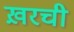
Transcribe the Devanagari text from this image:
ख़रची